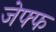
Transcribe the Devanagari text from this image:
जेफ्फ